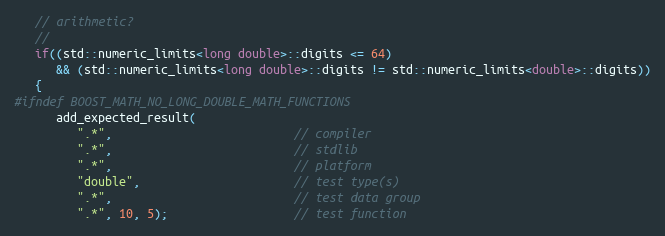
Language: C++
   // arithmetic?
   //
   if((std::numeric_limits<long double>::digits <= 64)
      && (std::numeric_limits<long double>::digits != std::numeric_limits<double>::digits))
   {
#ifndef BOOST_MATH_NO_LONG_DOUBLE_MATH_FUNCTIONS
      add_expected_result(
         ".*",                          // compiler
         ".*",                          // stdlib
         ".*",                          // platform
         "double",                      // test type(s)
         ".*",                          // test data group
         ".*", 10, 5);                  // test function